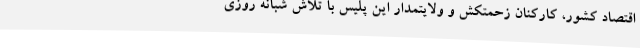
اقتصاد کشور، کارکنان زحمتکش و ولایتمدار این پلیس با تلاش شبانه روزی